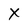
Character: X